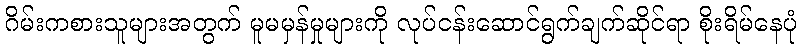
ဂိမ်းကစားသူများအတွက် မူမမှန်မှုများကို လုပ်ငန်းဆောင်ရွက်ချက်ဆိုင်ရာ စိုးရိမ်နေပုံ